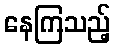
နေကြသည့်